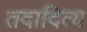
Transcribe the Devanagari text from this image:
तदादित्य